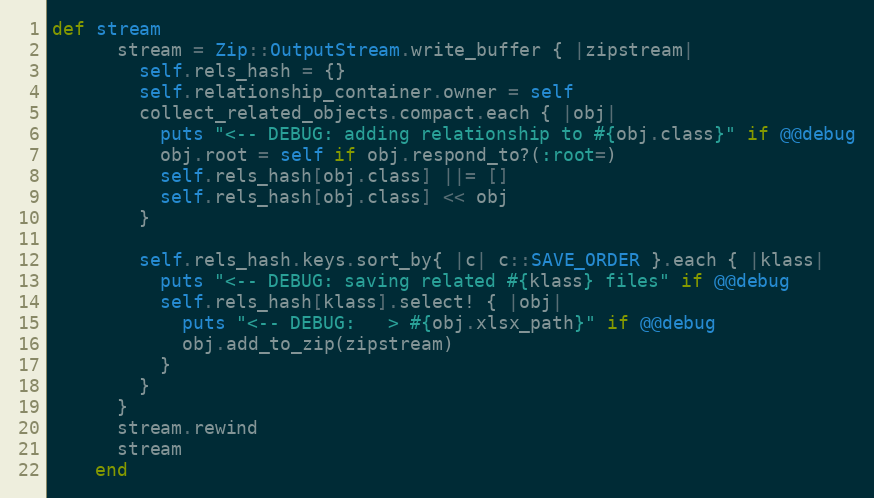
Language: Ruby
def stream
      stream = Zip::OutputStream.write_buffer { |zipstream|
        self.rels_hash = {}
        self.relationship_container.owner = self
        collect_related_objects.compact.each { |obj|
          puts "<-- DEBUG: adding relationship to #{obj.class}" if @@debug
          obj.root = self if obj.respond_to?(:root=)
          self.rels_hash[obj.class] ||= []
          self.rels_hash[obj.class] << obj
        }

        self.rels_hash.keys.sort_by{ |c| c::SAVE_ORDER }.each { |klass|
          puts "<-- DEBUG: saving related #{klass} files" if @@debug
          self.rels_hash[klass].select! { |obj|
            puts "<-- DEBUG:   > #{obj.xlsx_path}" if @@debug
            obj.add_to_zip(zipstream)
          }
        }
      }
      stream.rewind
      stream
    end